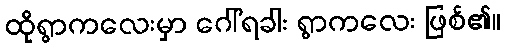
ထိုရွာကလေးမှာ ဂေါ်ရခါး ရွာကလေး ဖြစ်၏။